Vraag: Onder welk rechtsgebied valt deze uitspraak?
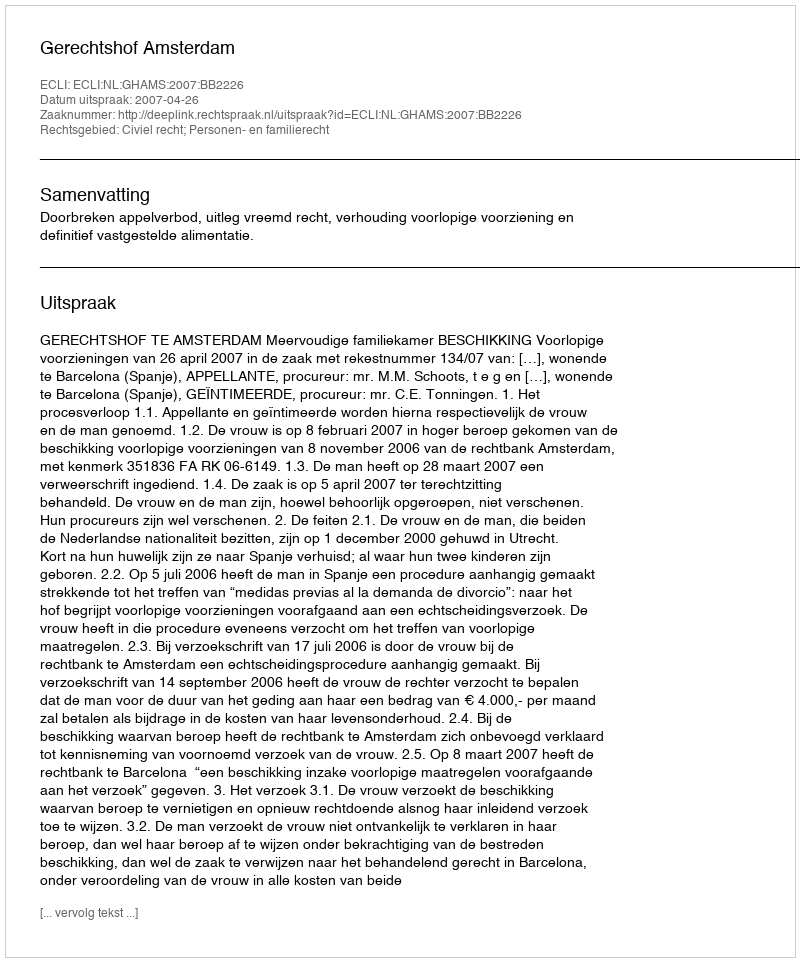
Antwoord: Civiel recht; Personen- en familierecht